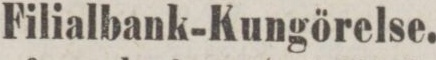
Filialbank-Kungörelse.